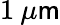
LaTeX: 1\: \mu\mathsf{m}